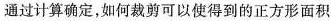
通过计算确定，如何裁剪可以使得到的正方形面积